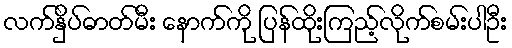
လက်နှိပ်ဓာတ်မီး နောက်ကို ပြန်ထိုးကြည့်လိုက်စမ်းပါဦး